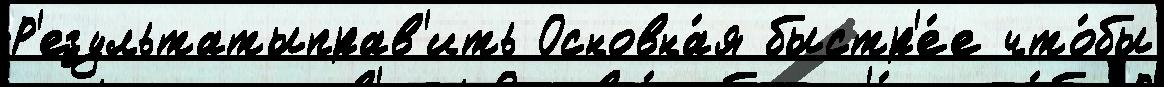
Р'езультатыправ'ить Основна́я быстр'е́е что́бы